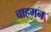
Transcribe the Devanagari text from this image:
चाहमन